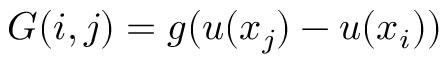
G ( i , j ) = g ( u ( x _ { j } ) - u ( x _ { i } ) )